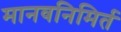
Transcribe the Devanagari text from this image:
मानवनिमिर्त